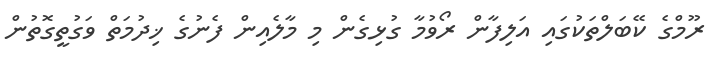
ރޫމްގެ ކޭބަލްތަކުގައި އަލިފާން ރޯވުމާ ގުޅިގެން މި މާލެއިން ފެނުގެ ޚިދުމަތް ވަގުތީގޮތުން